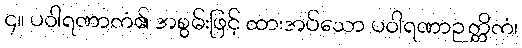
၄။ ပဝါရဏာကံ၏ အစွမ်းဖြင့် ထားအပ်သော ပဝါရဏာဉတ္တိကံ၊